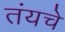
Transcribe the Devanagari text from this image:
तंयचे